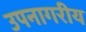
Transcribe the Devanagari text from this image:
उपनागरीय